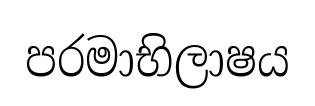
පරමාභිලාෂය